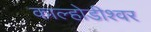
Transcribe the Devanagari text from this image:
काल्होडीश्वर